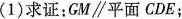
(1)求证；GM\parallel 平面CDE；